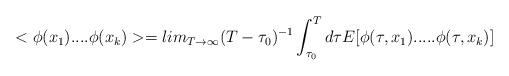
LaTeX: \begin{align*}<\phi(x_{1})....\phi(x_{k})>=lim_{T\rightarrow\infty}(T-\tau_{0})^{-1}\int_{\tau_{0}}^{T} d\tau E[\phi(\tau,x_{1}).....\phi(\tau,x_{k})]\end{align*}